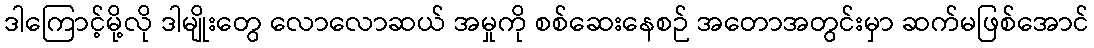
ဒါကြောင့်မို့လို ဒါမျိုးတွေ လောလောဆယ် အမှုကို စစ်ဆေးနေစဉ် အတောအတွင်းမှာ ဆက်မဖြစ်အောင်